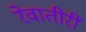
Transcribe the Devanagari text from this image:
रेवातीरीं